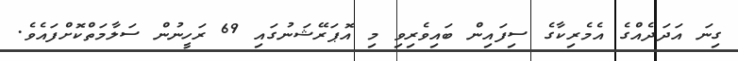
ގިނަ އަދަދެއްގެ އެމެރިކާގެ ސިފައިން ބައިވެރިވި މި އޮޕަރޭޝަނުގައި 69 ރަހީނުން ސަލާމަތްކޮށްފައެވެ.